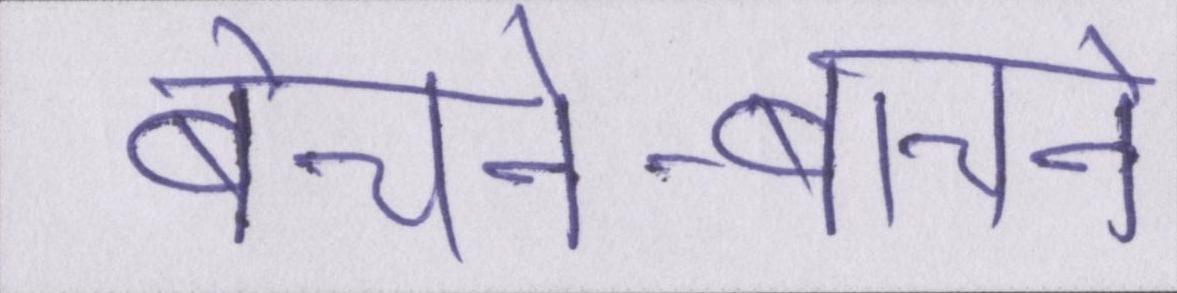
बेचने-बाचने